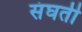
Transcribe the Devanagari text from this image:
संघती